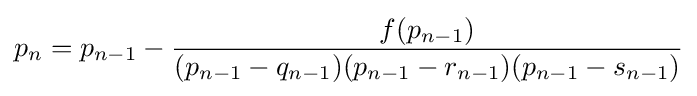
p_{n}=p_{n-1}-{\frac {f(p_{n-1})}{(p_{n-1}-q_{n-1})(p_{n-1}-r_{n-1})(p_{n-1}-s_{n-1})}}